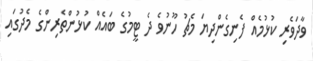
ވާދަވެރި ކުޅުމެއް ފެނިގެންދިޔަ މެޗު ހޫނުވެ ދެ ޓީމުގެ ބައެއް ކުޅުންތެރިންގެ މެދުގައި